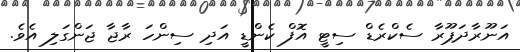
އަނޫރާދަޕޫރާ ސެކްރެޑް ސިޓީ އޮފް ކެންޑީ އަދި ސިންހަ ރާޖާ ޖަންގަލި އެވެ.